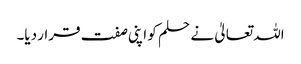
اللہ تعالیٰ نے حلم کو اپنی صفت قرار دیا۔